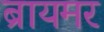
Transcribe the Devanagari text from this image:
ब्रायमर